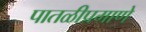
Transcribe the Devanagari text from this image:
पातळीप्रमाणे